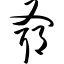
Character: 爷